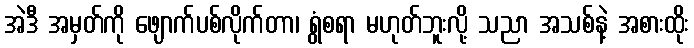
အဲဒီ အမှတ်ကို ဖျောက်ပစ်လိုက်တာ၊ ရွံစရာ မဟုတ်ဘူးလို့ သညာ အသစ်နဲ့ အစားထိုး